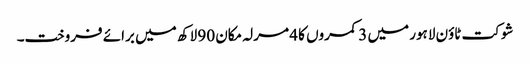
شوکت ٹاؤن لاہور میں 3 کمروں کا 4 مرلہ مکان 90 لاکھ میں برائے فروخت۔